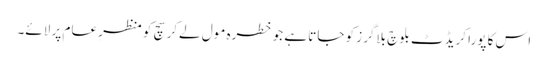
اس کا پورا کریڈٹ بلوچ بلاگرز کو جاتا ہے جو خطرہ مول لےکر سچ کو منظرِ عام پر لائے۔